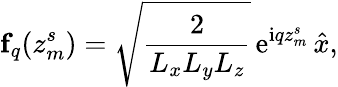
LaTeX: \mathbf{f}_{q}(z_{m}^{s})=\sqrt{\frac{2}{L_{x}L_{y}L_{z}}}\, \mathrm{e}^{\mathrm{i}qz_{m}^{s}}\, {\hat{x}},